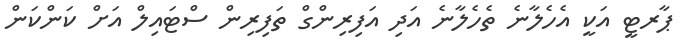
ޕާރޓީ އަކީ އެހެލާނެ ތެހެލާނެ އަދި އަފިރިންގް ތަފިރިން ސްޓައިލް އަށް ކަންކަން